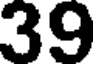
39